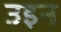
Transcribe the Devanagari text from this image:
उइन